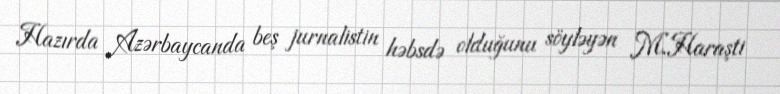
Hazırda Azərbaycanda beş jurnalistin həbsdə olduğunu söyləyən M.Haraşti